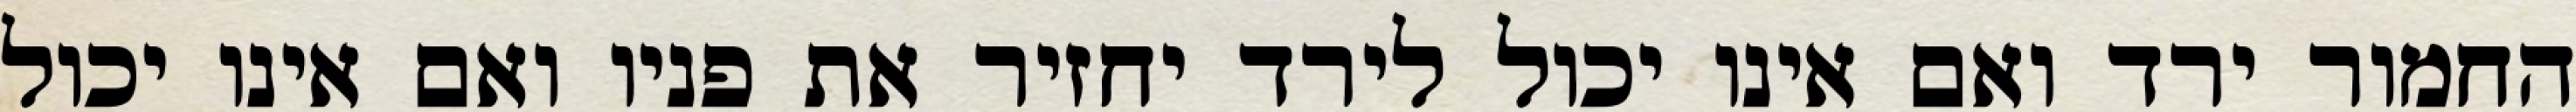
החמור ירד ואם אינו יכול לירד יחזיר את פניו ואם אינו יכול